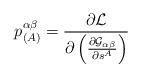
LaTeX: \begin{align*}p^{\alpha\beta}_{( A)} =\frac{\partial {\cal L}}{ \partial \left( \frac{ \partial {\cal G}_{\alpha\beta} }{\partial s^{A}} \right) }\end{align*}